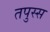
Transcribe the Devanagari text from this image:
तपुस्स